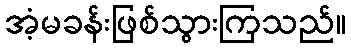
အံ့မခန်းဖြစ်သွားကြသည်။